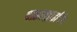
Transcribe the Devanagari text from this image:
पाइलड्राइविंग